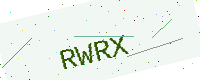
Text: RWRX